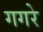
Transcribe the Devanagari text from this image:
गगरे